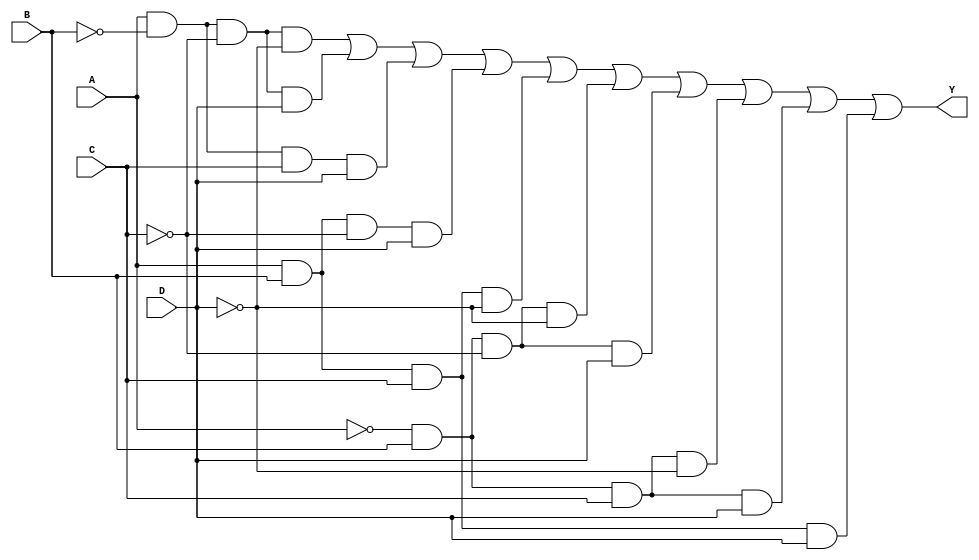
module four_variable_kmap (
    input wire A,  // Input variable A
    input wire B,  // Input variable B
    input wire C,  // Input variable C
    input wire D,  // Input variable D
    output wire Y  // Output of the K-map simplification
);

// Define the K-map based on the grouping of minterms
// You need to replace the following minterm values with the ones you want to include in the K-map
// For example, if you want to include minterms m0, m1, m3, m5, m7, m8, m9, m10, m14, m15
// Set them to 1, otherwise set to 0.

assign Y = (A & ~B & ~C & ~D) |  // m0
           (A & ~B & ~C & D)  |  // m1
           (A & ~B & C & D)   |  // m3
           (A & B & ~C & D)   |  // m5
           (A & B & C & ~D)   |  // m7
           (~A & B & ~C & ~D) |  // m8
           (~A & B & ~C & D)  |  // m9
           (~A & B & C & ~D)  |  // m10
           (~A & B & C & D)   |  // m14
           (A & B & C & D);       // m15

endmodule